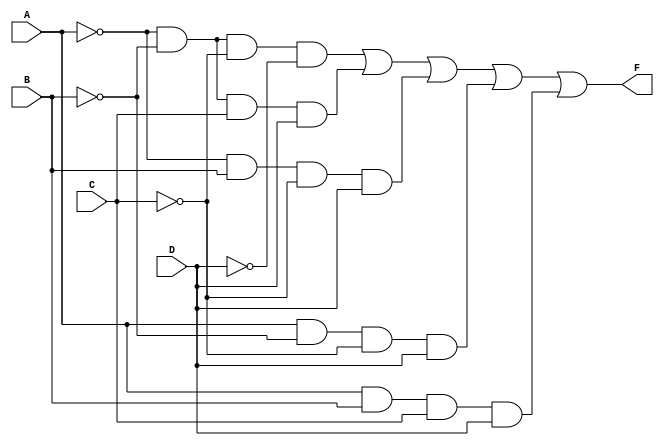
module kmap_4var (
    input wire A,  // Input A
    input wire B,  // Input B
    input wire C,  // Input C
    input wire D,  // Input D
    output wire F  // Output F
);

// Internal signals for the product terms
wire A_not, B_not, C_not, D_not;
wire term1, term2, term3, term4, term5;

// Invert the inputs
not (A_not, A);
not (B_not, B);
not (C_not, C);
not (D_not, D);

// Define the product terms based on the simplified expression
and (term1, A_not, B_not, C_not, D_not); // A'B'C'D'
and (term2, A_not, B_not, C, D);         // A'B'CD
and (term3, A_not, B, C_not, D);         // A'BC'D
and (term4, A, B_not, C_not, D);         // AB'C'D
and (term5, A, B, C, D);                  // ABCD

// Combine the product terms using OR gates
or (F, term1, term2, term3, term4, term5); // F = term1 + term2 + term3 + term4 + term5

endmodule